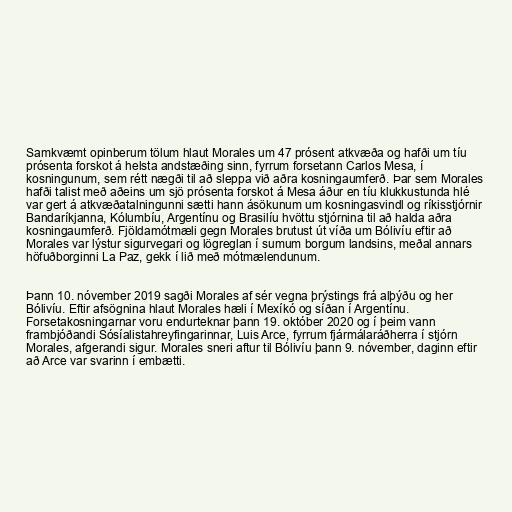
Samkvæmt opinberum tölum hlaut Morales um 47 prósent atkvæða og hafði um tíu
prósenta forskot á helsta andstæðing sinn, fyrrum forsetann Carlos Mesa, í
kosningunum, sem rétt nægði til að sleppa við aðra kosningaumferð. Þar sem Morales
hafði talist með aðeins um sjö prósenta forskot á Mesa áður en tíu klukkustunda hlé
var gert á atkvæðatalningunni sætti hann ásökunum um kosningasvindl og ríkisstjórnir
Bandaríkjanna, Kólumbíu, Argentínu og Brasilíu hvöttu stjórnina til að halda aðra
kosningaumferð. Fjöldamótmæli gegn Morales brutust út víða um Bólivíu eftir að
Morales var lýstur sigurvegari og lögreglan í sumum borgum landsins, meðal annars
höfuðborginni La Paz, gekk í lið með mótmælendunum.

Þann 10. nóvember 2019 sagði Morales af sér vegna þrýstings frá alþýðu og her
Bólivíu. Eftir afsögnina hlaut Morales hæli í Mexíkó og síðan í Argentínu.
Forsetakosningarnar voru endurteknar þann 19. október 2020 og í þeim vann
frambjóðandi Sósíalistahreyfingarinnar, Luis Arce, fyrrum fjármálaráðherra í stjórn
Morales, afgerandi sigur. Morales sneri aftur til Bólivíu þann 9. nóvember, daginn eftir
að Arce var svarinn í embætti.